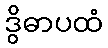
ဒွိဓာပထံ